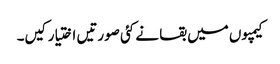
کیمپوں میں بقا نے کئی صورتیں اختیار کیں۔